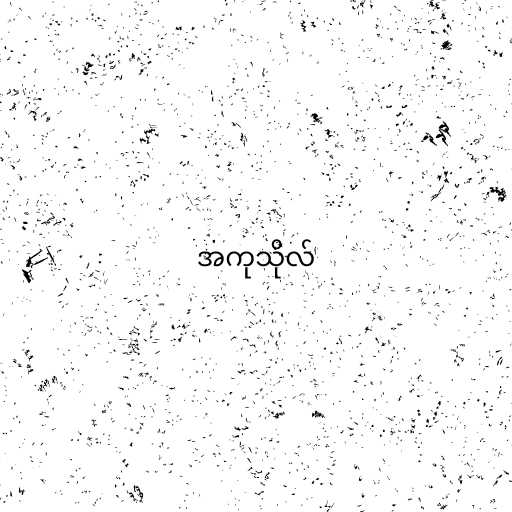
အကုသိုလ်